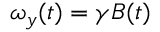
\omega _ { y } ( t ) = \gamma B ( t )